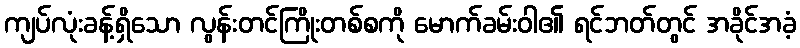
ကျပ်လုံးခန့်ရှိသော လွန်းတင်ကြိုးတစ်စကို မောက်ခမ်းဝါ၏ ရင်ဘတ်တွင် အခိုင်အခံ့